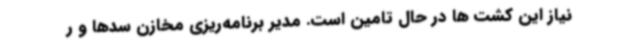
نیاز این کشت ها در حال تامین است. مدیر برنامه‌ریزی مخازن سدها و ر